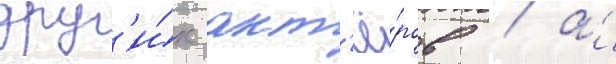
друг'и́х акт'ё́ров / а́